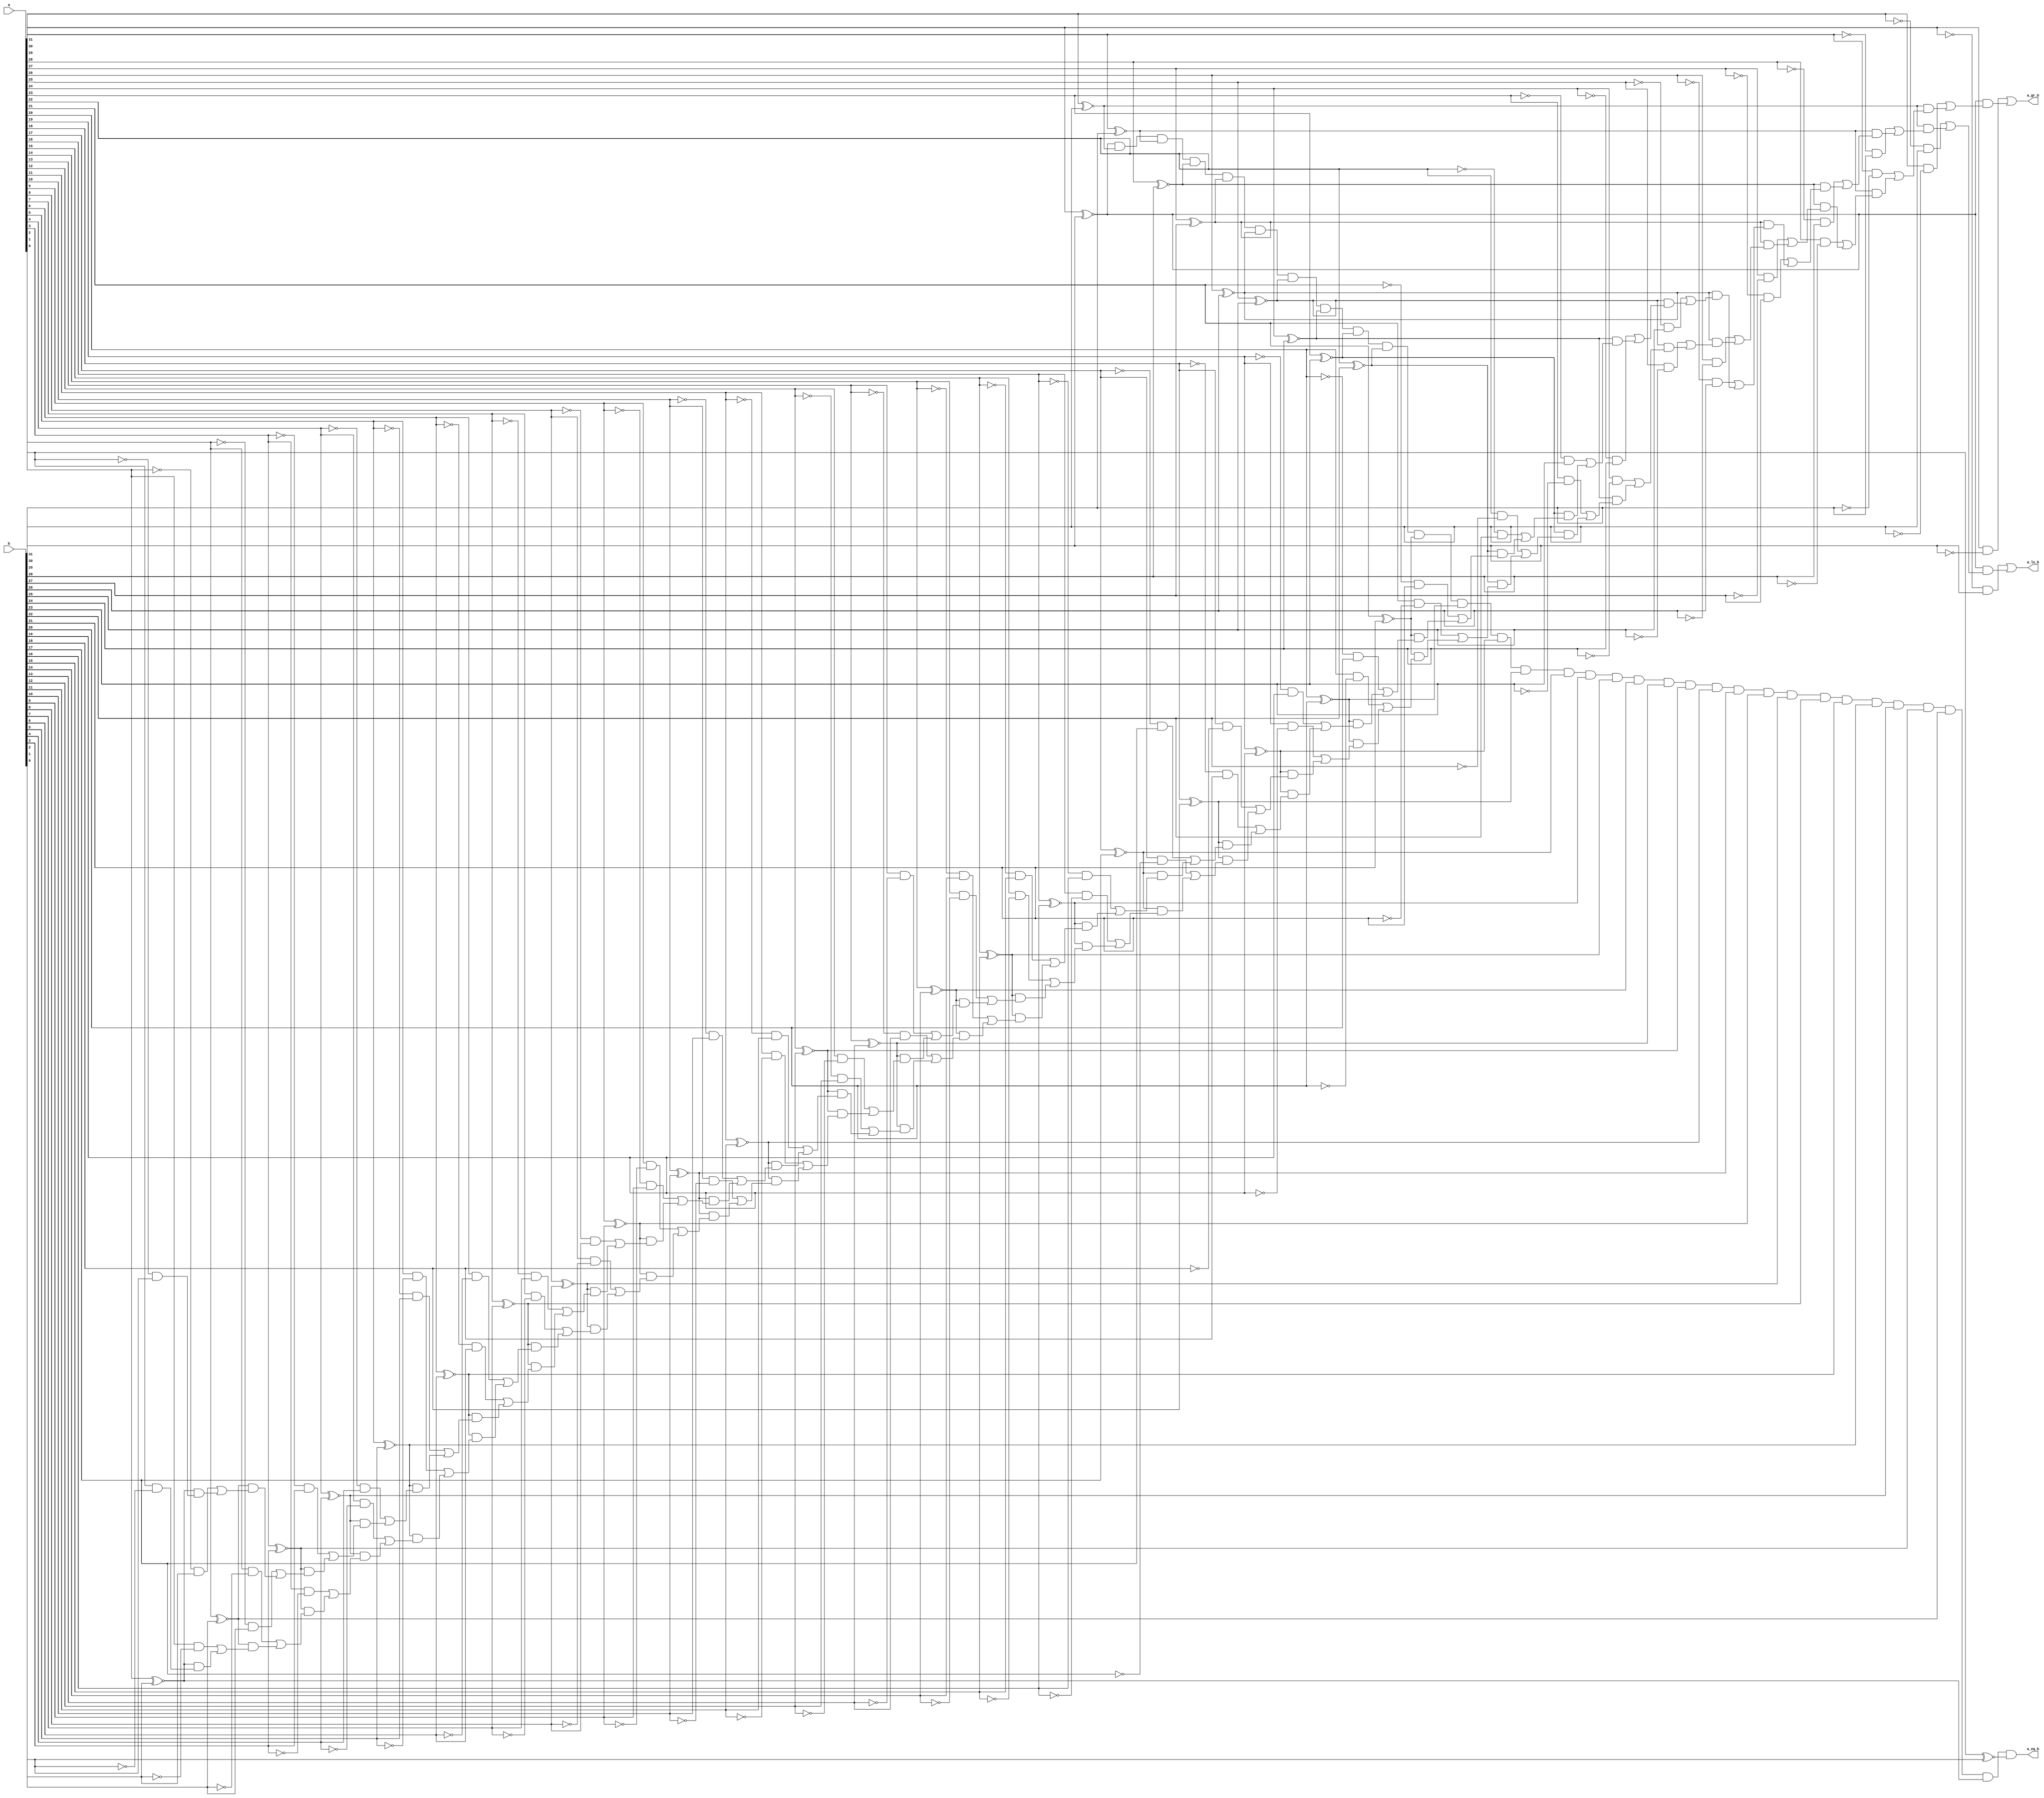
// Design a comparator to compare two 32-bit numbers.

module comparator_32(output a_eq_b, a_gr_b, a_ls_b,
                     input [31:0] a, b);

// Easy way to write is as below.
// assign a_eq_b = (a == b);
// assign a_gr_b = (a > b);
// assign a_ls_b = (a < b);
// To consider the work in terms of equations, use the below way

assign a_eq_b = (a[31]~^b[31]) & (a[30]~^b[30]) & (a[29]~^b[29]) & (a[28]~^b[28]) & (a[27]~^b[27]) &
                (a[26]~^b[26]) & (a[25]~^b[25]) & (a[24]~^b[24]) & (a[23]~^b[23]) & (a[22]~^b[22]) &
                (a[21]~^b[21]) & (a[20]~^b[20]) & (a[19]~^b[19]) & (a[18]~^b[18]) & (a[17]~^b[17]) &
                (a[16]~^b[16]) & (a[15]~^b[15]) & (a[14]~^b[14]) & (a[13]~^b[13]) & (a[12]~^b[12]) & 
                (a[11]~^b[11]) & (a[10]~^b[10]) & (a[9]~^b[9]) & (a[8]~^b[8]) & (a[7]~^b[7]) & (a[6]~^b[6]) &
                (a[5]~^b[5]) & (a[4]~^b[4]) & (a[3]~^b[3]) & (a[2]~^b[2]) & (a[1]~^b[1]) & (a[0]~^b[0]);

assign a_gr_b = (a[31]&(~b[31])) | 
                (a[31]~^b[31])&(a[30]&(~b[30]) |
                (a[30]~^b[30])&(a[29]&(~b[29]) |
                (a[29]~^b[29])&(a[28]&(~b[28]) |
                (a[28]~^b[28])&(a[27]&(~b[27]) |
                (a[27]~^b[27])&(a[26]&(~b[26]) |
                (a[26]~^b[26])&(a[25]&(~b[25]) |
                (a[25]~^b[25])&(a[24]&(~b[24]) |
                (a[24]~^b[24])&(a[23]&(~b[23]) |
                (a[23]~^b[23])&(a[22]&(~b[22]) |
                (a[22]~^b[22])&(a[21]&(~b[21]) |
                (a[21]~^b[21])&(a[20]&(~b[20]) |
                (a[20]~^b[20])&(a[19]&(~b[19]) |
                (a[19]~^b[19])&(a[18]&(~b[18]) |
                (a[18]~^b[18])&(a[17]&(~b[17]) |
                (a[17]~^b[17])&(a[16]&(~b[16]) |
                (a[16]~^b[16])&(a[15]&(~b[15]) |
                (a[15]~^b[15])&(a[14]&(~b[14]) |
                (a[14]~^b[14])&(a[13]&(~b[13]) |
                (a[13]~^b[13])&(a[12]&(~b[12]) |
                (a[12]~^b[12])&(a[11]&(~b[11]) |
                (a[11]~^b[11])&(a[10]&(~b[10]) |
                (a[10]~^b[10])&(a[9]&(~b[9]) |
                (a[9]~^b[9])&(a[8]&(~b[8]) |
                (a[8]~^b[8])&(a[7]&(~b[7]) |
                (a[7]~^b[7])&(a[6]&(~b[6]) |
                (a[6]~^b[6])&(a[5]&(~b[5]) |
                (a[5]~^b[5])&(a[4]&(~b[4]) |
                (a[4]~^b[4])&(a[3]&(~b[3]) |
                (a[3]~^b[3])&(a[2]&(~b[2]) |
                (a[2]~^b[2])&(a[1]&(~b[1]) |
                (a[1]~^b[1])&(a[0]&(~b[0])
                )))))))))))))))))))))))))))))));

assign a_ls_b = (~a[31]&(b[31])) | 
                (a[31]~^b[31])&(~a[30]&(b[30]) |
                (a[30]~^b[30])&(~a[29]&(b[29]) |
                (a[29]~^b[29])&(~a[28]&(b[28]) |
                (a[28]~^b[28])&(~a[27]&(b[27]) |
                (a[27]~^b[27])&(~a[26]&(b[26]) |
                (a[26]~^b[26])&(~a[25]&(b[25]) |
                (a[25]~^b[25])&(~a[24]&(b[24]) |
                (a[24]~^b[24])&(~a[23]&(b[23]) |
                (a[23]~^b[23])&(~a[22]&(b[22]) |
                (a[22]~^b[22])&(~a[21]&(b[21]) |
                (a[21]~^b[21])&(~a[20]&(b[20]) |
                (a[20]~^b[20])&(~a[19]&(b[19]) |
                (a[19]~^b[19])&(~a[18]&(b[18]) |
                (a[18]~^b[18])&(~a[17]&(b[17]) |
                (a[17]~^b[17])&(~a[16]&(b[16]) |
                (a[16]~^b[16])&(~a[15]&(b[15]) |
                (a[15]~^b[15])&(~a[14]&(b[14]) |
                (a[14]~^b[14])&(~a[13]&(b[13]) |
                (a[13]~^b[13])&(~a[12]&(b[12]) |
                (a[12]~^b[12])&(~a[11]&(b[11]) |
                (a[11]~^b[11])&(~a[10]&(b[10]) |
                (a[10]~^b[10])&(~a[9]&(b[9]) |
                (a[9]~^b[9])&(~a[8]&(b[8]) |
                (a[8]~^b[8])&(~a[7]&(b[7]) |
                (a[7]~^b[7])&(~a[6]&(b[6]) |
                (a[6]~^b[6])&(~a[5]&(b[5]) |
                (a[5]~^b[5])&(~a[4]&(b[4]) |
                (a[4]~^b[4])&(~a[3]&(b[3]) |
                (a[3]~^b[3])&(~a[2]&(b[2]) |
                (a[2]~^b[2])&(~a[1]&(b[1]) |
                (a[1]~^b[1])&(~a[0]&(b[0])
                )))))))))))))))))))))))))))))));

endmodule